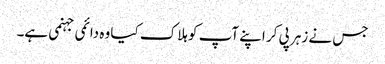
جس نے زہر پی کر اپنے آپ کو ہلاک کیا وہ دائمی جہنمی ہے۔